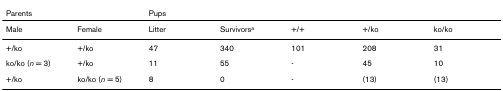
<table><thead><tr><td colspan="2"><b>Parents</b></td><td colspan="5"><b>Pups</b></td></tr></thead><tbody><tr><td>Male</td><td>Female</td><td>Litter</td><td>Survivors<sup>a</sup></td><td>+/+</td><td>+/ko</td><td>ko/ko</td></tr><tr><td>+/ko</td><td>+/ko</td><td>47</td><td>340</td><td>101</td><td>208</td><td>31</td></tr><tr><td>ko/ko (<i>n </i>= 3)</td><td>+/ko</td><td>11</td><td>55</td><td>-</td><td>45</td><td>10</td></tr><tr><td>+/ko</td><td>ko/ko (<i>n </i>= 5)</td><td>8</td><td>0</td><td>-</td><td>(13)</td><td>(13)</td></tr></tbody></table>